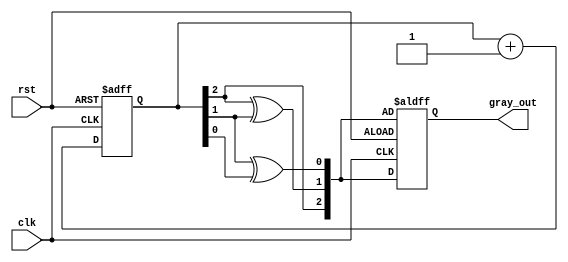
module gray_code_counter (
    input wire clk,        // Clock signal
    input wire rst,        // Asynchronous reset signal
    output reg [2:0] gray_out // 3-bit Gray code output
);

    reg [2:0] binary_count; // 3-bit binary counter

    // Function to convert binary to Gray code
    function [2:0] binary_to_gray;
        input [2:0] binary;
        begin
            binary_to_gray[2] = binary[2]; // MSB remains the same
            binary_to_gray[1] = binary[2] ^ binary[1]; // G2 = B2 XOR B1
            binary_to_gray[0] = binary[1] ^ binary[0]; // G1 = B1 XOR B0
        end
    endfunction

    // Always block for the counter
    always @(posedge clk or posedge rst) begin
        if (rst) begin
            binary_count <= 3'b000; // Initialize binary count to 0
            gray_out <= binary_to_gray(binary_count); // Initialize Gray code output
        end else begin
            binary_count <= binary_count + 1; // Increment binary counter
            gray_out <= binary_to_gray(binary_count); // Update Gray code output
        end
    end

endmodule